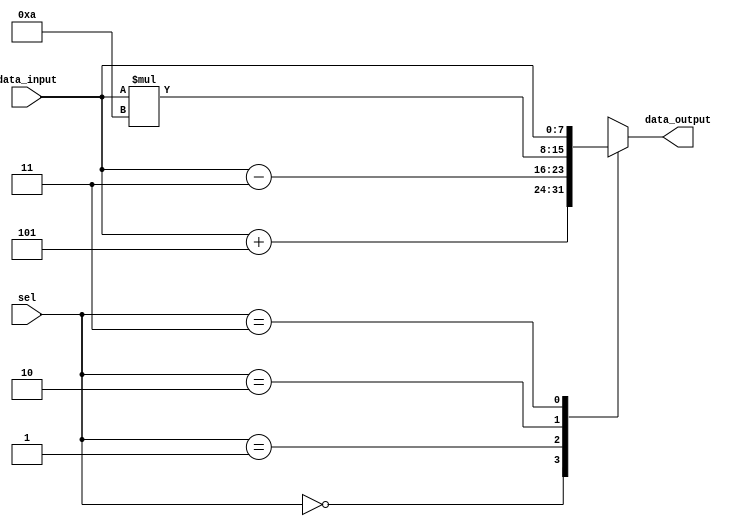
module parallel_case_statement (
    input wire [1:0] sel,
    input wire [7:0] data_input,
    output reg [7:0] data_output
);

always @(*) begin
    case(sel)
        2'b00:
            data_output = data_input + 8'h05;
        2'b01:
            data_output = data_input - 8'h03;
        2'b10:
            data_output = data_input * 8'h0A;
        2'b11:
            data_output = data_input;
    endcase
end

endmodule